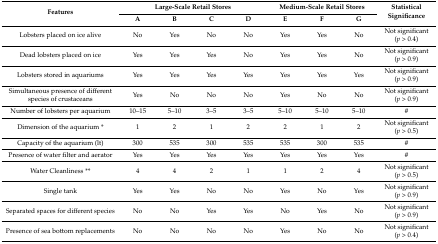
<table><thead><tr><td rowspan="2"><b>Features</b></td><td colspan="4"><b>Large-Scale Retail Stores</b></td><td colspan="3"><b>Medium-Scale Retail Stores</b></td><td rowspan="2"><b>Statistical Significance</b></td></tr><tr><td><b>A</b></td><td><b>B</b></td><td><b>C</b></td><td><b>D</b></td><td><b>E</b></td><td><b>F</b></td><td><b>G</b></td></tr></thead><tbody><tr><td>Lobsters placed on ice alive</td><td>No</td><td>Yes</td><td>No</td><td>No</td><td>Yes</td><td>Yes</td><td>No</td><td>Not significant (<i>p</i> &gt; 0.4)</td></tr><tr><td>Dead lobsters placed on ice</td><td>Yes</td><td>Yes</td><td>Yes</td><td>No</td><td>Yes</td><td>Yes</td><td>No</td><td>Not significant (<i>p</i> &gt; 0.9)</td></tr><tr><td>Lobsters stored in aquariums</td><td>Yes</td><td>Yes</td><td>Yes</td><td>Yes</td><td>Yes</td><td>Yes</td><td>Yes</td><td>Not significant (<i>p</i> &gt; 0.9)</td></tr><tr><td>Simultaneous presence of different species of crustaceans</td><td>Yes</td><td>No</td><td>No</td><td>No</td><td>Yes</td><td>No</td><td>No</td><td>Not significant (<i>p</i> &gt; 0.9)</td></tr><tr><td>Number of lobsters per aquarium</td><td>10–15</td><td>5–10</td><td>3–5</td><td>3–5</td><td>5–10</td><td>5–10</td><td>5–10</td><td>#</td></tr><tr><td>Dimension of the aquarium *</td><td>1</td><td>2</td><td>1</td><td>2</td><td>2</td><td>1</td><td>2</td><td>Not significant (<i>p</i> &gt; 0.5)</td></tr><tr><td>Capacity of the aquarium (lt)</td><td>300</td><td>535</td><td>300</td><td>535</td><td>535</td><td>300</td><td>535</td><td>#</td></tr><tr><td>Presence of water filter and aerator</td><td>Yes</td><td>Yes</td><td>Yes</td><td>Yes</td><td>Yes</td><td>Yes</td><td>Yes</td><td>#</td></tr><tr><td>Water Cleanliness **</td><td>4</td><td>4</td><td>2</td><td>1</td><td>1</td><td>2</td><td>4</td><td>Not significant (<i>p</i> &gt; 0.5)</td></tr><tr><td>Single tank</td><td>Yes</td><td>Yes</td><td>No</td><td>No</td><td>Yes</td><td>No</td><td>Yes</td><td>Not significant (<i>p</i> &gt; 0.9)</td></tr><tr><td>Separated spaces for different species</td><td>No</td><td>No</td><td>Yes</td><td>Yes</td><td>No</td><td>Yes</td><td>No</td><td>Not significant (<i>p</i> &gt; 0.9)</td></tr><tr><td>Presence of sea bottom replacements</td><td>No</td><td>No</td><td>No</td><td>No</td><td>Yes</td><td>No</td><td>No</td><td>Not significant (<i>p</i> &gt; 0.4)</td></tr></tbody></table>